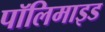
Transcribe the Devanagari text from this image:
पॉलिमाइड